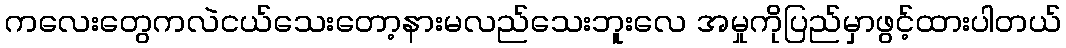
ကလေးတွေကလဲငယ်သေးတော့နားမလည်သေးဘူးလေ အမှုကိုပြည်မှာဖွင့်ထားပါတယ်